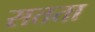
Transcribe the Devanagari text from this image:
सतता